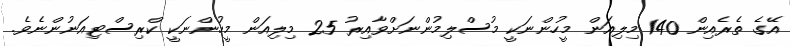
އޭގެ ތެރެއިން 140 މިލިއަން މީހުންނަކީ މުސްލިމުންނަށްވާއިރު 25 މިލިއަން މީހުންނަކީ ކްރިސްޓިއަނުންނެވެ.